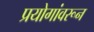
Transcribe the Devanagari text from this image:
प्रयोगांवरून